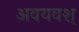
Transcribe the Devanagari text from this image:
अवयवश्